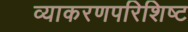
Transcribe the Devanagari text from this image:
व्याकरणपरिशिष्ट